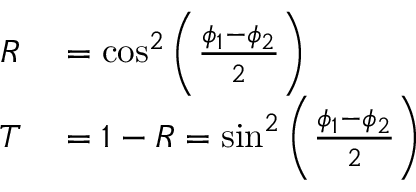
\begin{array} { r l } { R } & { { } = \cos ^ { 2 } \bigg ( \frac { \phi _ { 1 } - \phi _ { 2 } } { 2 } \bigg ) } \\ { T } & { { } = 1 - R = \sin ^ { 2 } \bigg ( \frac { \phi _ { 1 } - \phi _ { 2 } } { 2 } \bigg ) } \end{array}